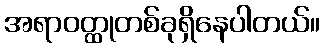
အရာဝတ္ထုတစ်ခုရှိနေပါတယ်။